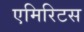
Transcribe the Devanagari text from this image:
एमिरिटस